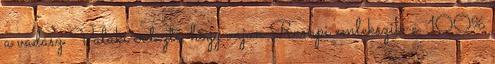
a vadász Valaki érdezte, hogy vajon Rumpi emlekszik-e. 100%